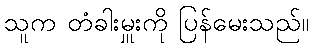
သူက တံခါးမှူးကို ပြန်မေးသည်။